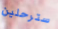
سترحلين